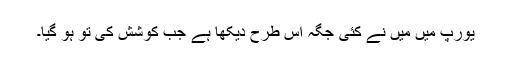
یورپ میں مَیں نے کئی جگہ اس طرح دیکھا ہے جب کوشش کی تو ہو گیا۔